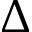
\Delta